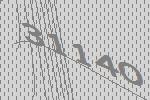
31140